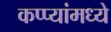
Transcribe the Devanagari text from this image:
कप्प्यांमध्ये